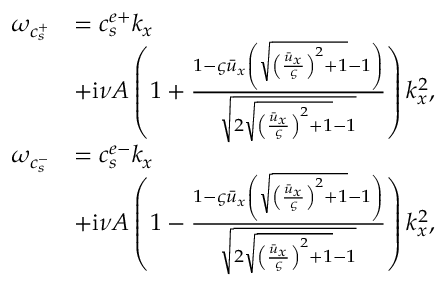
\begin{array} { r l } { \omega _ { c _ { s } ^ { + } } } & { = c _ { s } ^ { e + } k _ { x } } \\ & { + \mathrm { i } \nu A \left( 1 + \frac { 1 - \varsigma \bar { u } _ { x } \left( \sqrt { { \left( \frac { \bar { u } _ { x } } { \varsigma } \right) } ^ { 2 } + 1 } - 1 \right) } { \sqrt { 2 \sqrt { { \left( \frac { \bar { u } _ { x } } { \varsigma } \right) } ^ { 2 } + 1 } - 1 } } \right) k _ { x } ^ { 2 } , } \\ { \omega _ { c _ { s } ^ { - } } } & { = c _ { s } ^ { e - } k _ { x } } \\ & { + \mathrm { i } \nu A \left( 1 - \frac { 1 - \varsigma \bar { u } _ { x } \left( \sqrt { { \left( \frac { \bar { u } _ { x } } { \varsigma } \right) } ^ { 2 } + 1 } - 1 \right) } { \sqrt { 2 \sqrt { { \left( \frac { \bar { u } _ { x } } { \varsigma } \right) } ^ { 2 } + 1 } - 1 } } \right) k _ { x } ^ { 2 } , } \end{array}